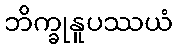
ဘိက္ခုနူပဿယံ